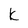
Character: k